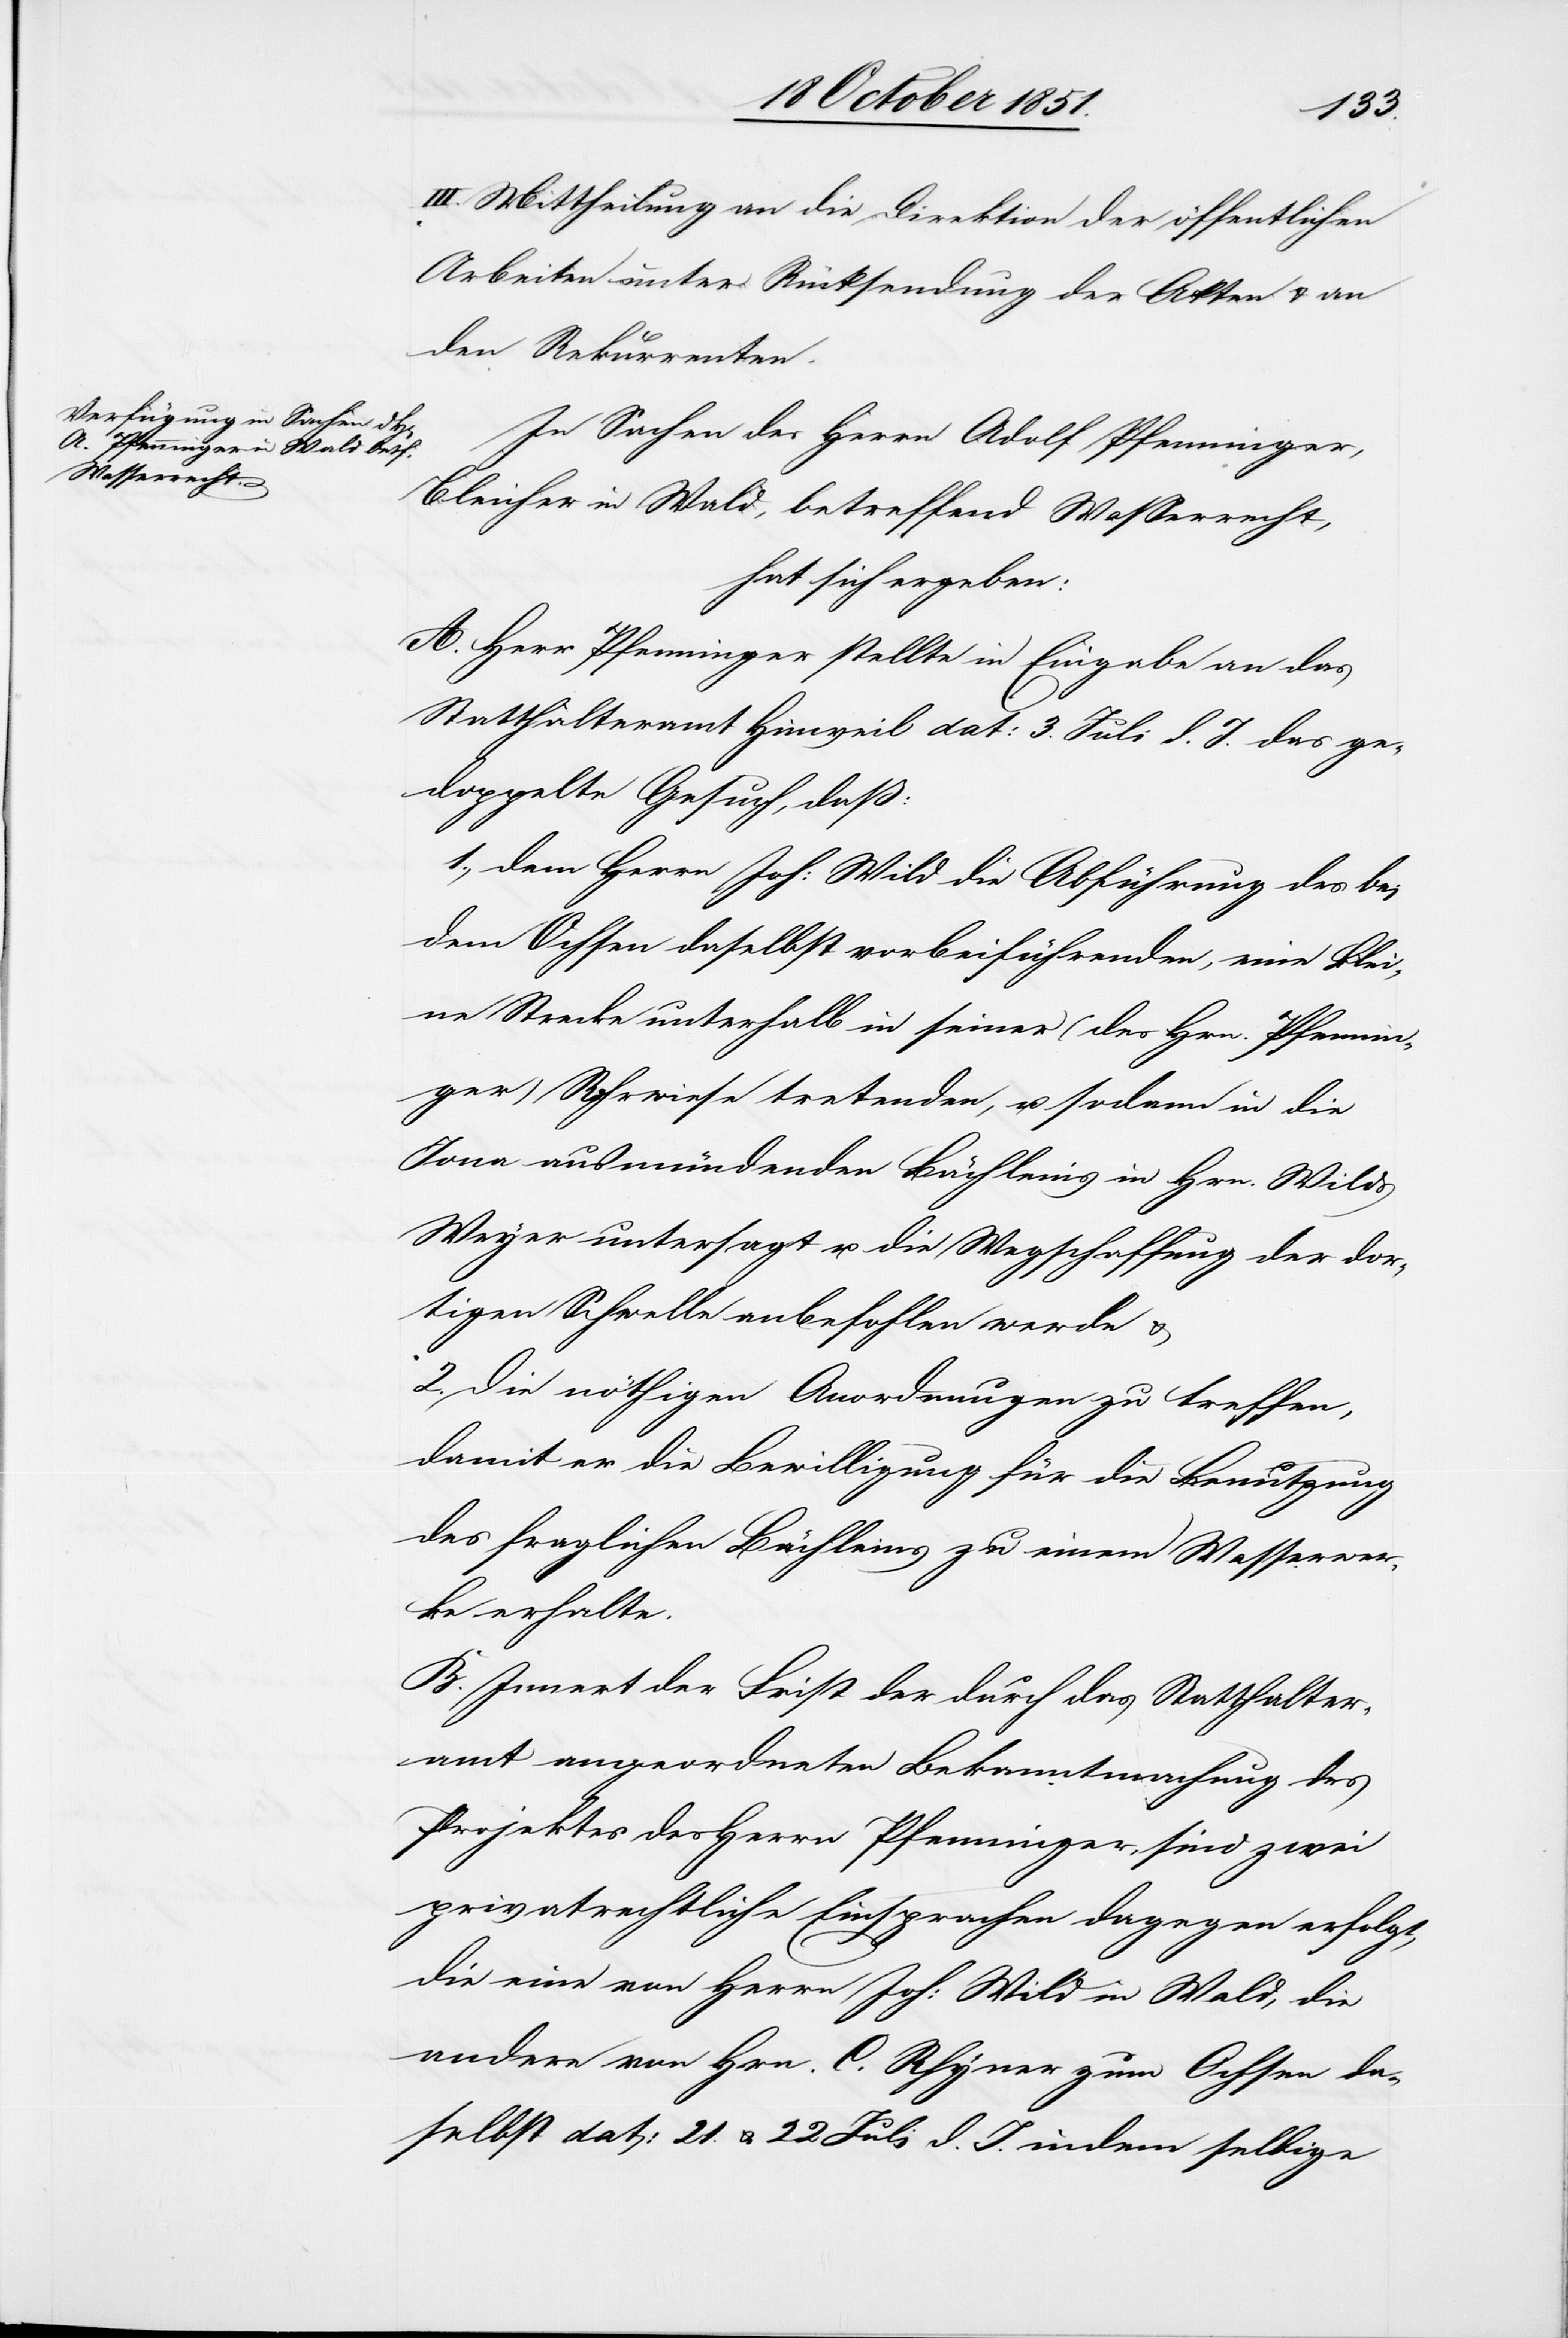
III. Mittheilung an die Direktion der öffentlichen
Arbeiten unter Rücksendung der Akten & an
den Rekurrenten.
In Sachen des Herrn Adolf Pfenninger,
Bleicher in Wald, betreffend Wasserrecht,
hat sich ergeben:
A. Herr Pfenninger stellte in Eingabe an das
Statthalteramt Hinweil dat: 3. Juli d. J. das ge¬
doppelte Gesuch, daß:
1., dem Herrn Joh: Wild die Abführung des bei
dem Ochsen daselbst vorbeiführenden, eine klei¬
ne Strecke unterhalb in seiner (des Hrn. Pfennin¬
ger) Rohrwiese tretenden, u. sodann in die
Jona ausmündenden Bächleins in Hrn. Wilds
Weyer untersagt u. die Wegschaffung der dor¬
tigen Schwelle anbefohlen werde &
2. Die nöthigen Anordnungen zu treffen,
damit er die Bewilligung für die Benutzung
des fraglichen Bächleins zu einem Wasserwer¬
ke erhalte.
B. Innert der Frist der durch das Statthalter¬
amt angeordneten Bekanntmachung des
Projektes des Herrn Pfenninger, sind zwei
privatrechtliche Einsprachen dagegen erfolgt,
die eine von Herrn Joh: Wild in Wald, die
andere von Hrn. C. Rhyner zum Ochsen da¬
selbst dat: 21. & 22 Juli d. J. indem selbige